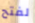
لفتح